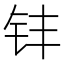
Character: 𮷷